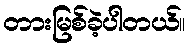
တားမြစ်ခဲ့ပါတယ်။